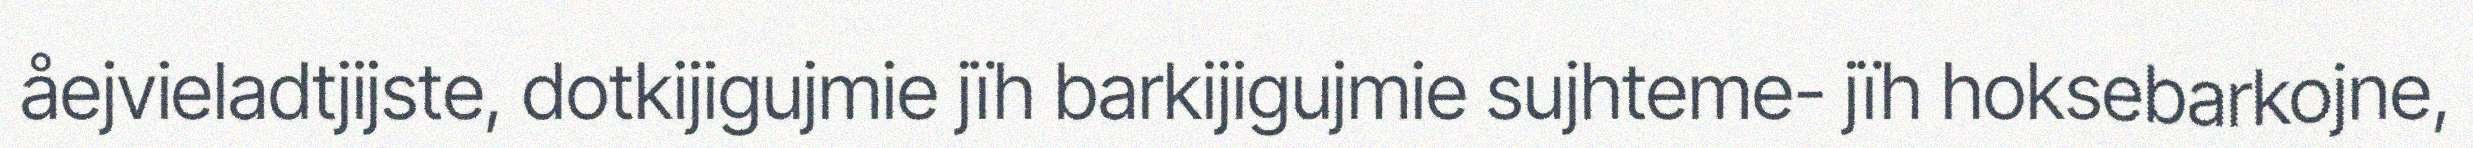
åejvieladtjijste, dotkijigujmie jïh barkijigujmie sujhteme- jïh hoksebarkojne,